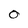
Character: O